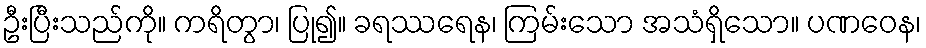
ဦးပြီးသည်ကို။ ကရိတွာ၊ ပြု၍။ ခရဿရေန၊ ကြမ်းသော အသံရှိသော။ ပဏဝေန၊